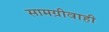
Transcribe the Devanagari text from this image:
सामग्रीवाही